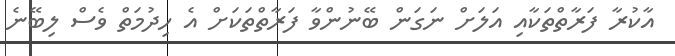
އާކުރާ ފަރާތްތަކާއި އަލަށް ނަގަން ބޭނުންވާ ފަރާތްތަކަށް އެ ހިދުމަތް ވެސް ލިބޭނެ